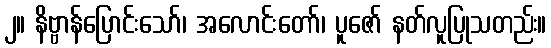
၂။ နိဗ္ဗာန်ပြောင်းသော်၊ အလောင်းတော်၊ ပူဇော် နတ်လူပြုသတည်း။